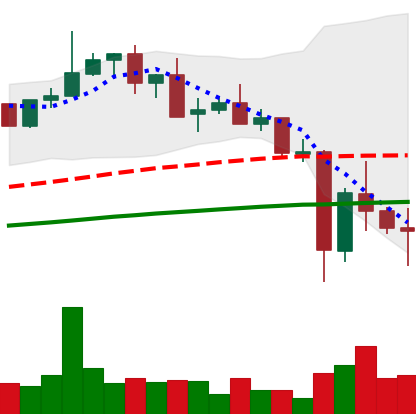
Ticker: XMR-USD
Chart end date: 2021-05-23
Forward return: 15.308%
Label: up_7plus